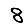
Digit: 8